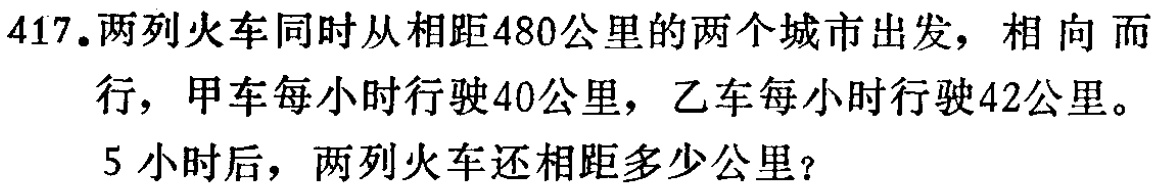
417.两列火车同时从相距480公里的两个城市出发，相向而行，甲车每小时行驶40公里，乙车每小时行驶42公里。5小时后，两列火车还相距多少公里？